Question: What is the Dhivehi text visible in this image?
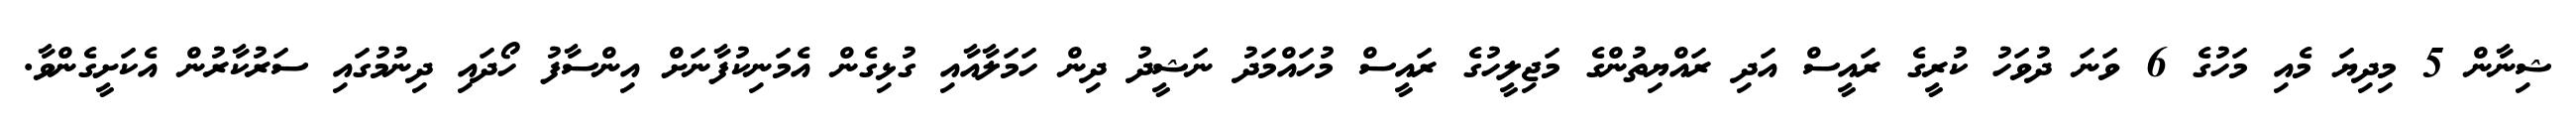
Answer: ޝިނާން 5 މިދިޔަ މެއި މަހުގެ 6 ވަނަ ދުވަހު ކުރީގެ ރައީސް އަދި ރައްޔިތުންގެ މަޖިލީހުގެ ރައީސް މުހައްމަދު ނަޝީދު ދިން ހަމަލާއާއި ގުޅިގެން އެމަނިކުފާނަށް އިންސާފު ހޯދައި ދިނުމުގައި ސަރުކާރުން އެކަށީގެންވާ.